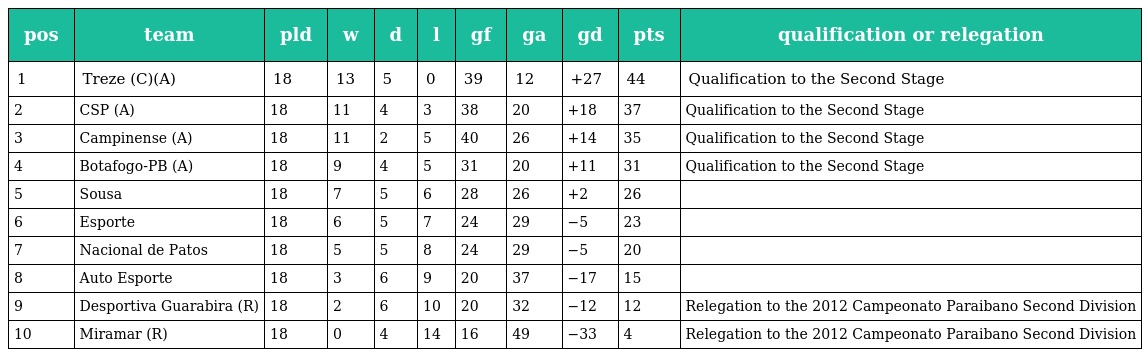
| pos | team | pld | w | d | l | gf | ga | gd | pts | qualification or relegation |
 | --- | --- | --- | --- | --- | --- | --- | --- | --- | --- | --- |
 | 1 | Treze (C)(A) | 18 | 13 | 5 | 0 | 39 | 12 | +27 | 44 | Qualification to the Second Stage |
 | 2 | CSP (A) | 18 | 11 | 4 | 3 | 38 | 20 | +18 | 37 | Qualification to the Second Stage |
 | 3 | Campinense (A) | 18 | 11 | 2 | 5 | 40 | 26 | +14 | 35 | Qualification to the Second Stage |
 | 4 | Botafogo-PB (A) | 18 | 9 | 4 | 5 | 31 | 20 | +11 | 31 | Qualification to the Second Stage |
 | 5 | Sousa | 18 | 7 | 5 | 6 | 28 | 26 | +2 | 26 |  |
 | 6 | Esporte | 18 | 6 | 5 | 7 | 24 | 29 | −5 | 23 |  |
 | 7 | Nacional de Patos | 18 | 5 | 5 | 8 | 24 | 29 | −5 | 20 |  |
 | 8 | Auto Esporte | 18 | 3 | 6 | 9 | 20 | 37 | −17 | 15 |  |
 | 9 | Desportiva Guarabira (R) | 18 | 2 | 6 | 10 | 20 | 32 | −12 | 12 | Relegation to the 2012 Campeonato Paraibano Second Division |
 | 10 | Miramar (R) | 18 | 0 | 4 | 14 | 16 | 49 | −33 | 4 | Relegation to the 2012 Campeonato Paraibano Second Division |